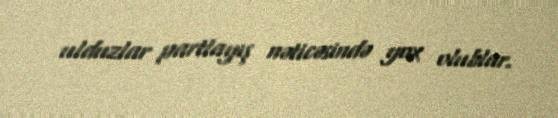
ulduzlar partlayış nəticəsində yox olublar.